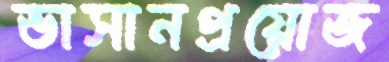
ভাসানপ্রয়োজ